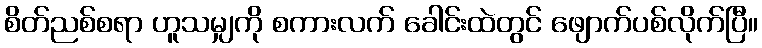
စိတ်ညစ်စရာ ဟူသမျှကို စကားလက် ခေါင်းထဲတွင် ဖျောက်ပစ်လိုက်ပြီ။